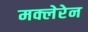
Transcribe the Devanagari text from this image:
मक्लेरेन